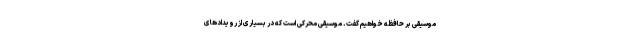
موسیقی بر حافظه خواهیم گفت. موسیقی محرکی است که در بسیاری از رویدادهای